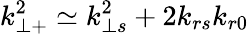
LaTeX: k_{\perp+}^{2}\simeq k_{\perp s}^{2}+2k_{rs}k_{r0}